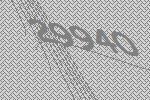
29940